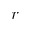
r